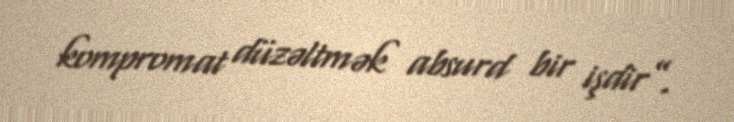
kompromat düzəltmək absurd bir işdir”.